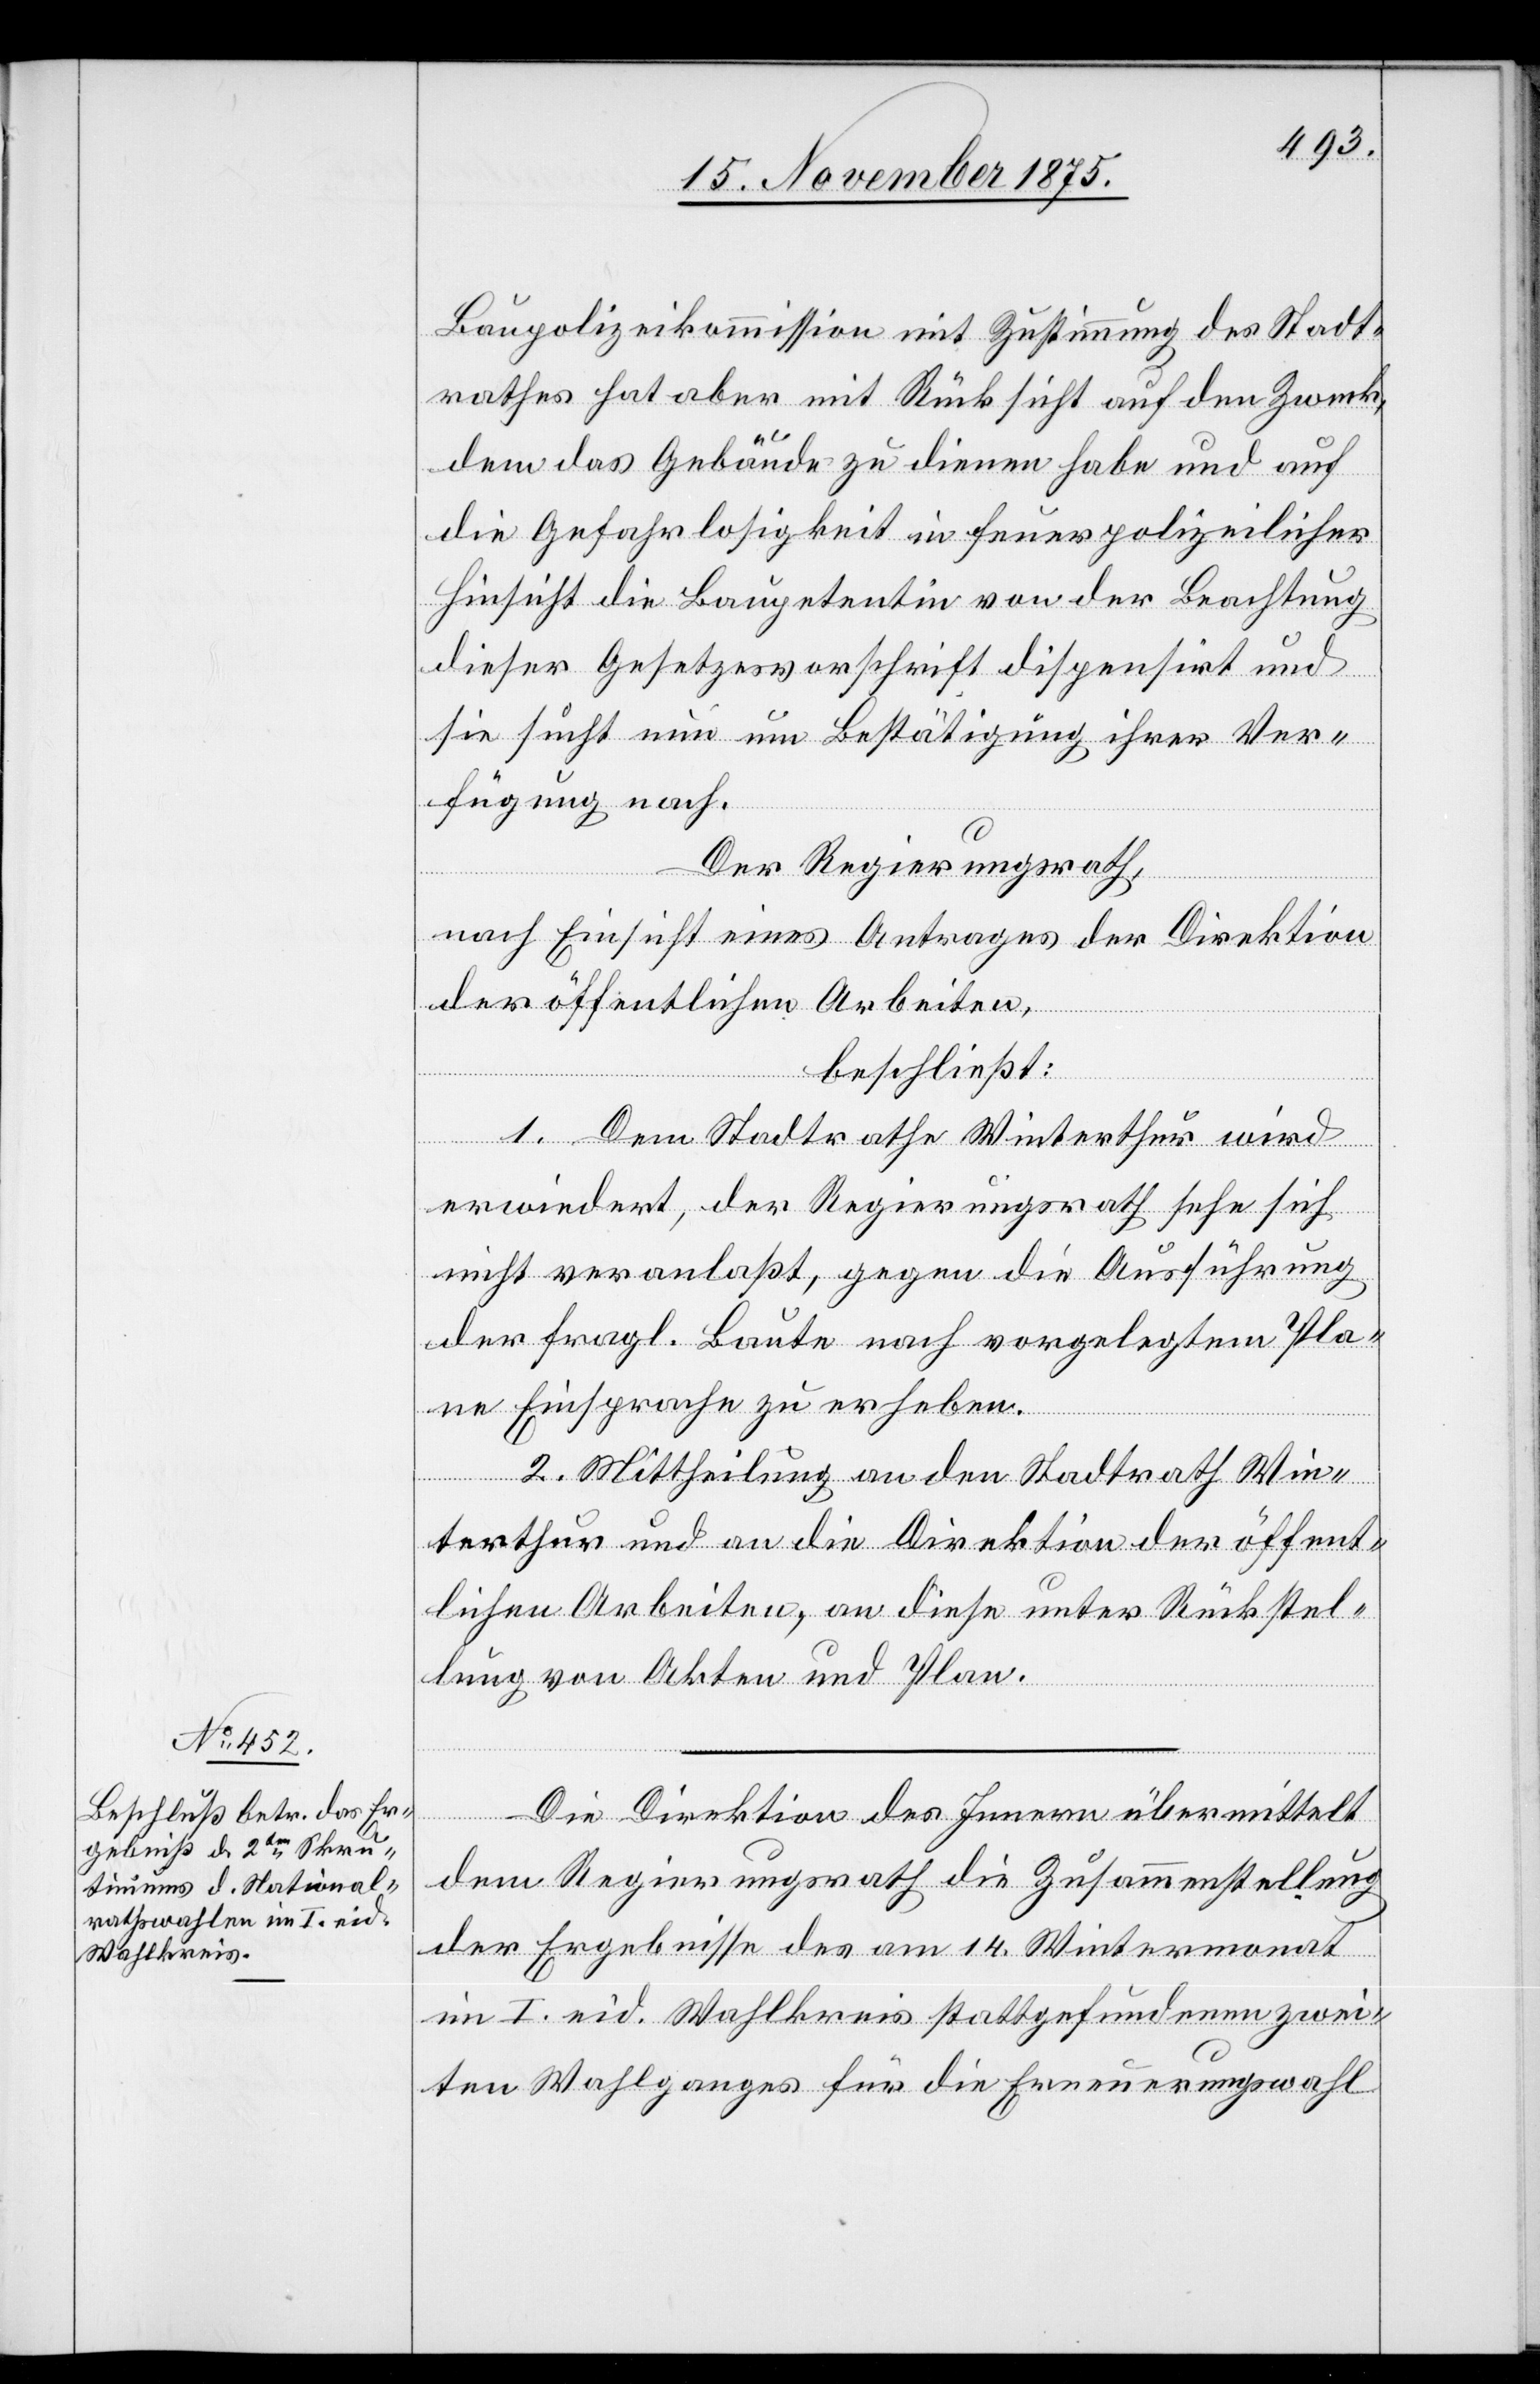
17. November 1875.]
Baupolizeikommission mit Zustimmung des Stadt¬
rathes hat aber mit Rücksicht auf den Zweck,
dem das Gebäude zu dienen habe und auf
die Gefahrlosigkeit in feuerpolizeilicher
Hinsicht die Baupetentin von der Beachtung
dieser Gesetzesvorschrift dispensirt und
sie sucht nun um Bestätigung ihrer Ver¬
fügung nach.
Der Regierungsrath,
nach Einsicht eines Antrages der Direktion
der öffentlichen Arbeiten,
beschließt:
1. Dem Stadtrathe Winterthur wird
erwiedert, der Regierungsrath sehe sich
nicht veranlaßt, gegen die Ausführung
der fragl. Baute nach vorgelegtem Pla¬
ne Einsprache zu erheben.
2. Mittheilung an den Stadtrath Win¬
terthur und an die Direktion der öffent¬
lichen Arbeiten, an diese unter Rückstel¬
lung von Akten und Plan.
Die Direktion des Innern übermittelt
dem Regierungsrath die Zusammenstellung
der Ergebnisse des am 14. Wintermonat
im I. eid. Wahlkreis stattgefundenen zwei¬
ten Wahlganges für die Erneuerungswahl